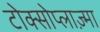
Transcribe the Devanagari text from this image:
टोक्सोप्लाज़्मा